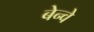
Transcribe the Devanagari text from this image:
बेन्वे